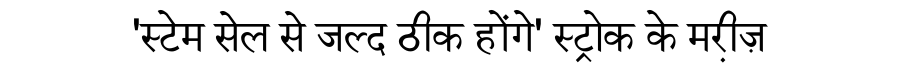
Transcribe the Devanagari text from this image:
'स्टेम सेल से जल्द ठीक होंगे' स्ट्रोक के मरी़ज़